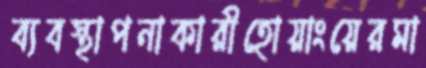
ব্যবস্থাপনাকারীহোয়াংয়েরমা